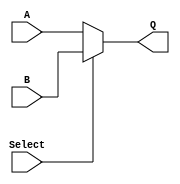

module Mux_2X1 (
    input Select,
    input wire [31:0] A, B,

    output reg [31:0] Q
);

always @(Select or A or B) begin
    if (Select == 0)
        Q <= A;
    else
        Q <= B;
    end
endmodule